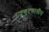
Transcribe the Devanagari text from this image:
राष्ट्रकूटकालीन